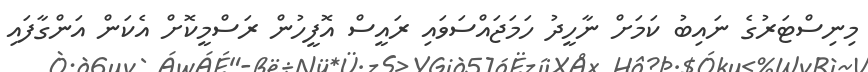
މިނިސްޓަރުގެ ނައިބު ކަމަށް ނާހީދު ހަމަޖައްސަވައި ރައީސް އޮފީހުން ރަސްމީކޮށް އެކަން އަންގާފައި